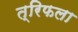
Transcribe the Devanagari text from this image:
त्रिफला